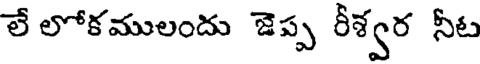
లే లోకములందు జెప్ప రీశ్వర నీట